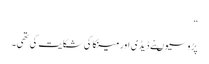
“
پڑوسیوںنے ڈیڈی اور مینکا کی شکایت کی تھی۔